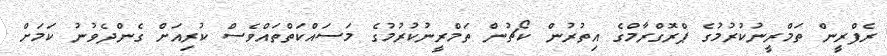
ރެފްރީން ތަމްރީނުކުރުމުގެ ޕްރޮގްރާމްގެ އިތުރުން ކޯޗުން ތަމްރީނުކުރުމުގެ މަސައްކަތްތައްވެސް ކުރިއަށް ގެންދެވުނު ކަމަށް